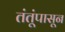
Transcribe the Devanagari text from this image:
तंतूंपासून